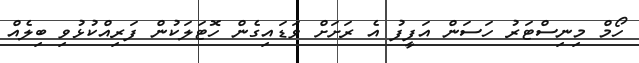
ހޯމް މިނިސްޓަރު ހަސަން އަފީފު އެ ރަށަށް ވަޑައިގެން ހޮޓަލަކުން ފަރިއްކުޅުވި ބިލެއް